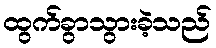
ထွက်ခွာသွားခဲ့သည်